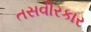
તસવીરકાર